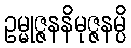
ဥမ္မုဇ္ဇနနိမုဇ္ဇနမ္ပိ